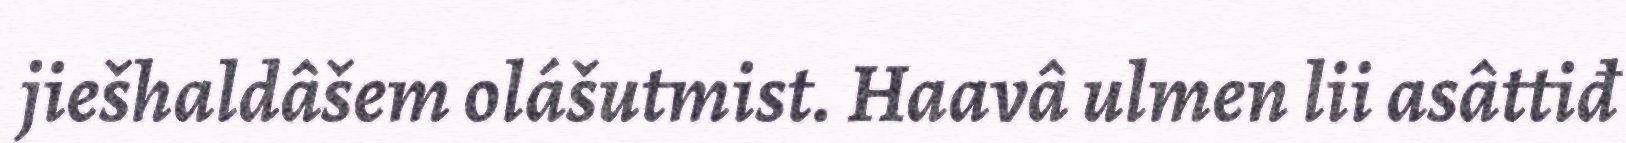
jiešhaldâšem olášutmist. Haavâ ulmen lii asâttiđ